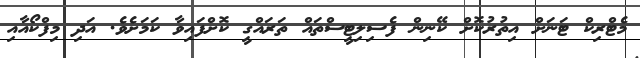
މެޓްރިކް ޓަނަށް އިތުރުކޮށް ކޭނިން ފެސިލިޓީސްތައް ތަރައްގީ ކޮށްފައިވާ ކަމަށެވެ. އަދި މިފްކޯއާއި